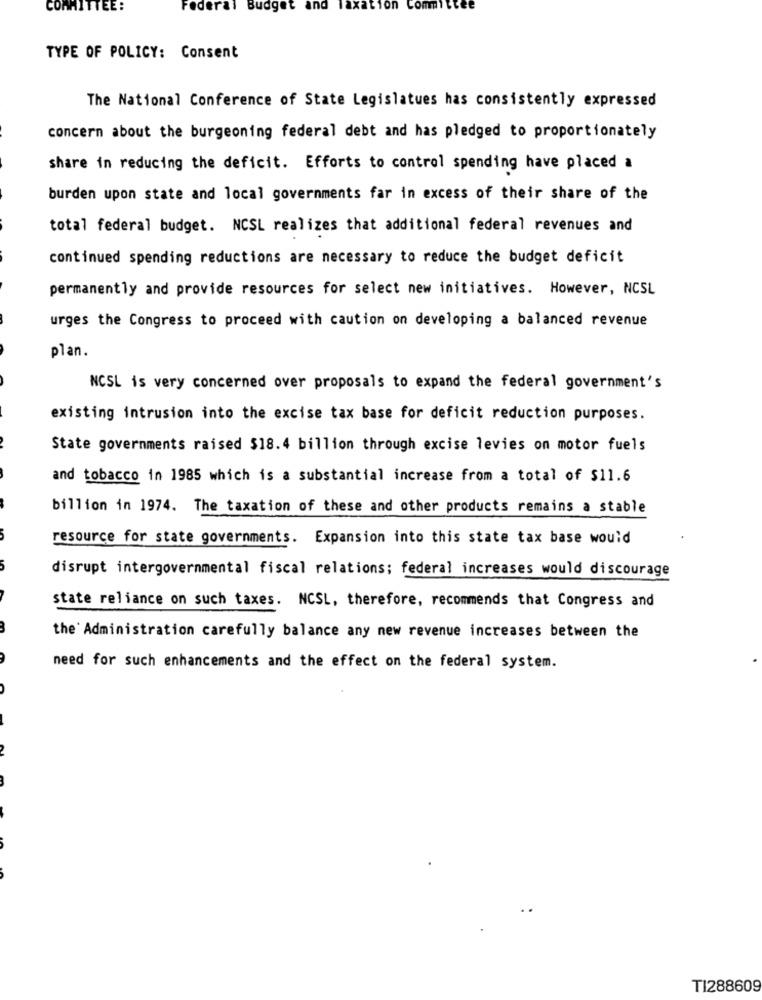
EE :
Federa
Budget
and Taxation
Com
stet
TYPE OF POLICY: Consent
The National Conference of State Legislatues has consistently expressed
concern about the burgeoning federal debt and has pledged to proportionately
share in reducing the deficit. Efforts to control spending have placed a
burden upon state and local governments far in excess of their share of the
total federal budget. NCSL realizes that additional federal revenues and
continued spending reductions are necessary to reduce the budget deficit
permanently and provide resources for select new initiatives. However, NCSL
urges the Congress to proceed with caution on developing a balanced revenue
plan.
NCSL is very concerned over proposals to expand the federal government's
existing intrusion into the excise tax base for deficit reduction purposes.
State governments raised $18.4 billion through excise levies on motor fuels
and tobacco in 1985 which is a substantial increase from a total of $11.6
billion in 1974. The taxation of these and other products remains a stable
resource for state governments. Expansion into this state tax base would
disrupt intergovernmental fiscal relations; federal increases would discourage
state reliance on such taxes. NCSL, therefore, recommends that Congress and
the Administration carefully balance any new revenue increases between the
need for such enhancements and the effect on the federal system.
TI288609